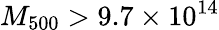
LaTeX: M_{500}>9.7\times 10^{14}